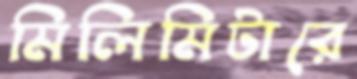
মিলিমিটারে